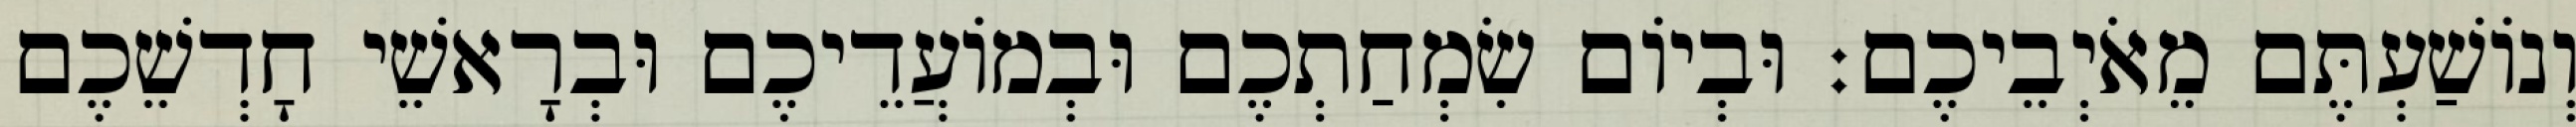
וְנוֹשַׁעְתֶּם מֵאֹיְבֵיכֶם׃ וּבְיוֹם שִׂמְחַתְכֶם וּבְמוֹעֲדֵיכֶם וּבְרָאשֵׁי חָדְשֵׁכֶם